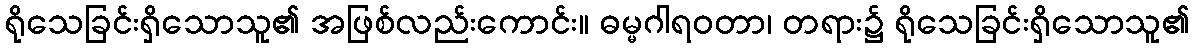
ရိုသေခြင်းရှိသောသူ၏ အဖြစ်လည်းကောင်း။ ဓမ္မဂါရဝတာ၊ တရား၌ ရိုသေခြင်းရှိသောသူ၏